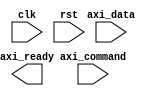
module AXI_Controller(
  input wire clk,
  input wire rst,
  input wire [3:0] axi_command,
  input wire [31:0] axi_data,
  output reg axi_ready
);

// Timing control and synchronization logic implementation
// (Insert code here)

endmodule